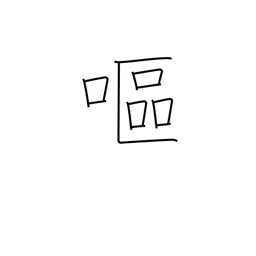
Meaning: nauseated